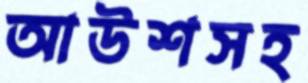
আউশসহ